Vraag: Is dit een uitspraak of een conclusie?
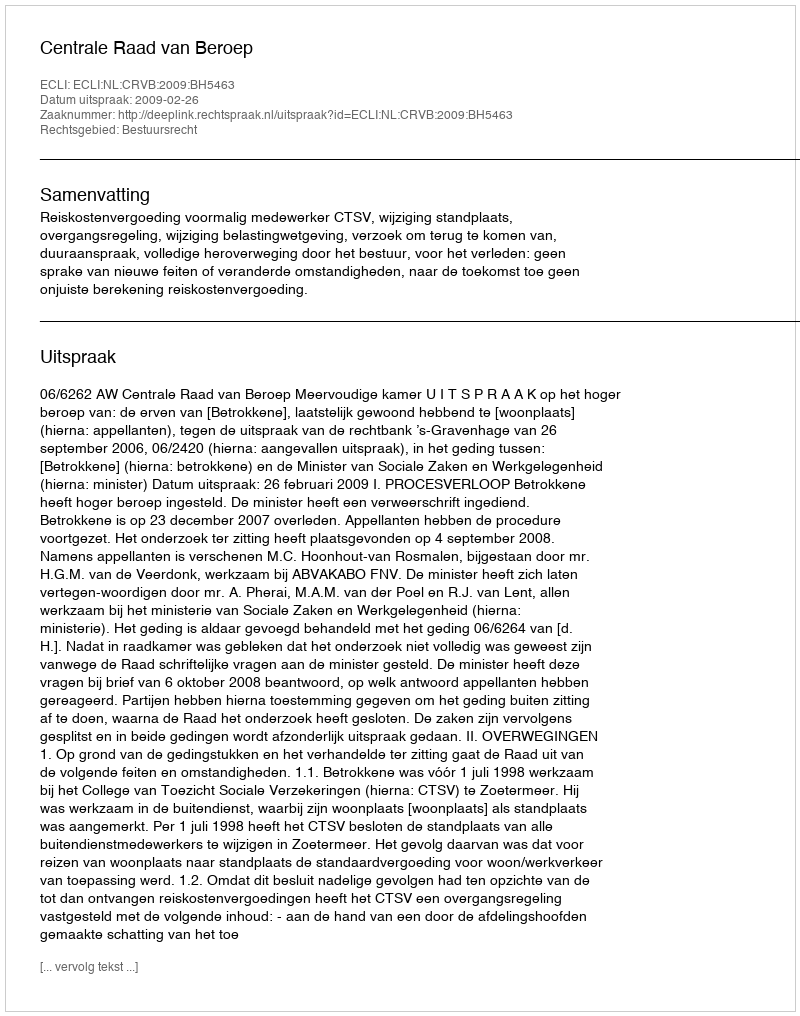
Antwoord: Uitspraak